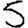
Digit: 5